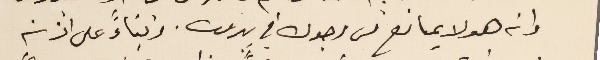
وانه هو لا يمانع من وجوده في بيروت. وبناءً على أذنه